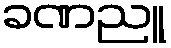
ခဏညူ